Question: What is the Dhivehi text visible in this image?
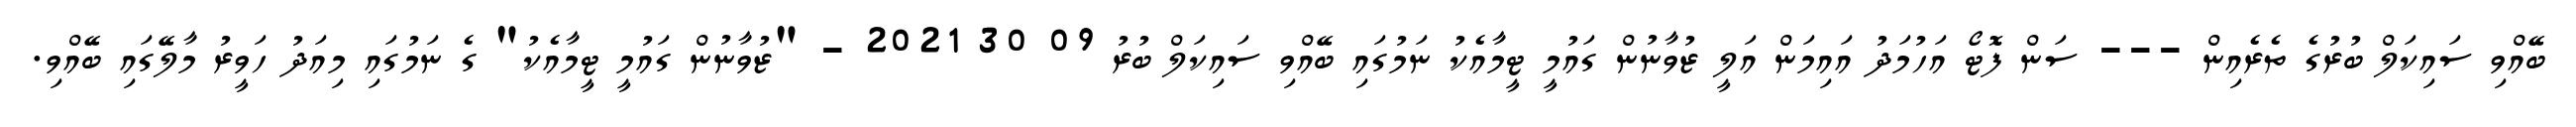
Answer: ބޭއްވި ސައިކަލް ބުރުގެ ތެރެއިން --- ސަން ފޮޓޯ އަހުމަދު އައިމަން އަލީ ޒުވާނުން ގައުމީ ޓީމާއެކު ނަމުގައި ބޭއްވި ސައިކަލް ބުރު 09 30 2021 - "ޒުވާނުން ގައުމީ ޓީމާއެކު" ގެ ނަމުގައި މިއަދު ހަވީރު މާލޭގައި ބޭއްވި.